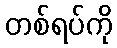
တစ်ရပ်ကို